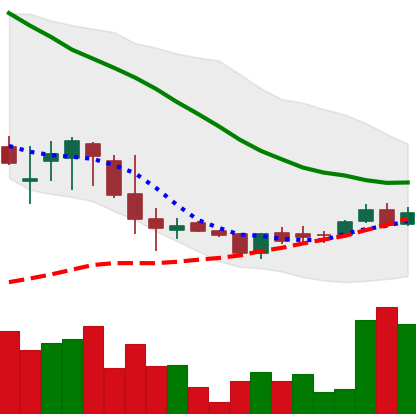
Ticker: DOGE-USD
Chart end date: 2018-06-05
Forward return: -12.917%
Label: down_7plus